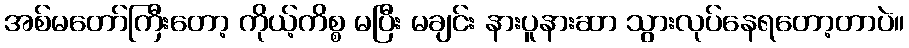
အစ်မတော်ကြီးတော့ ကိုယ့်ကိစ္စ မပြီး မချင်း နားပူနားဆာ သွားလုပ်နေရတော့တာပဲ။